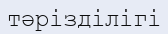
тәрізділігі